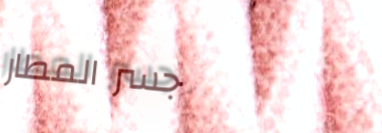
جسر المطار